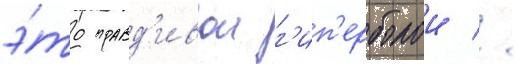
э́то правд'ивои г'ип'ерболои //